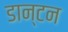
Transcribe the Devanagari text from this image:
डान्टन